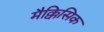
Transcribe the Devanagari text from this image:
मैक्किसिक